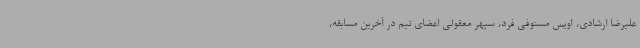
علیرضا ارشادی، اویس مستوفی فرد، سپهر معقولی اعضای تیم در آخرین مسابقه،